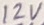
Text: 12V